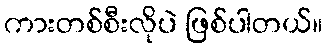
ကားတစ်စီးလိုပဲ ဖြစ်ပါတယ်။